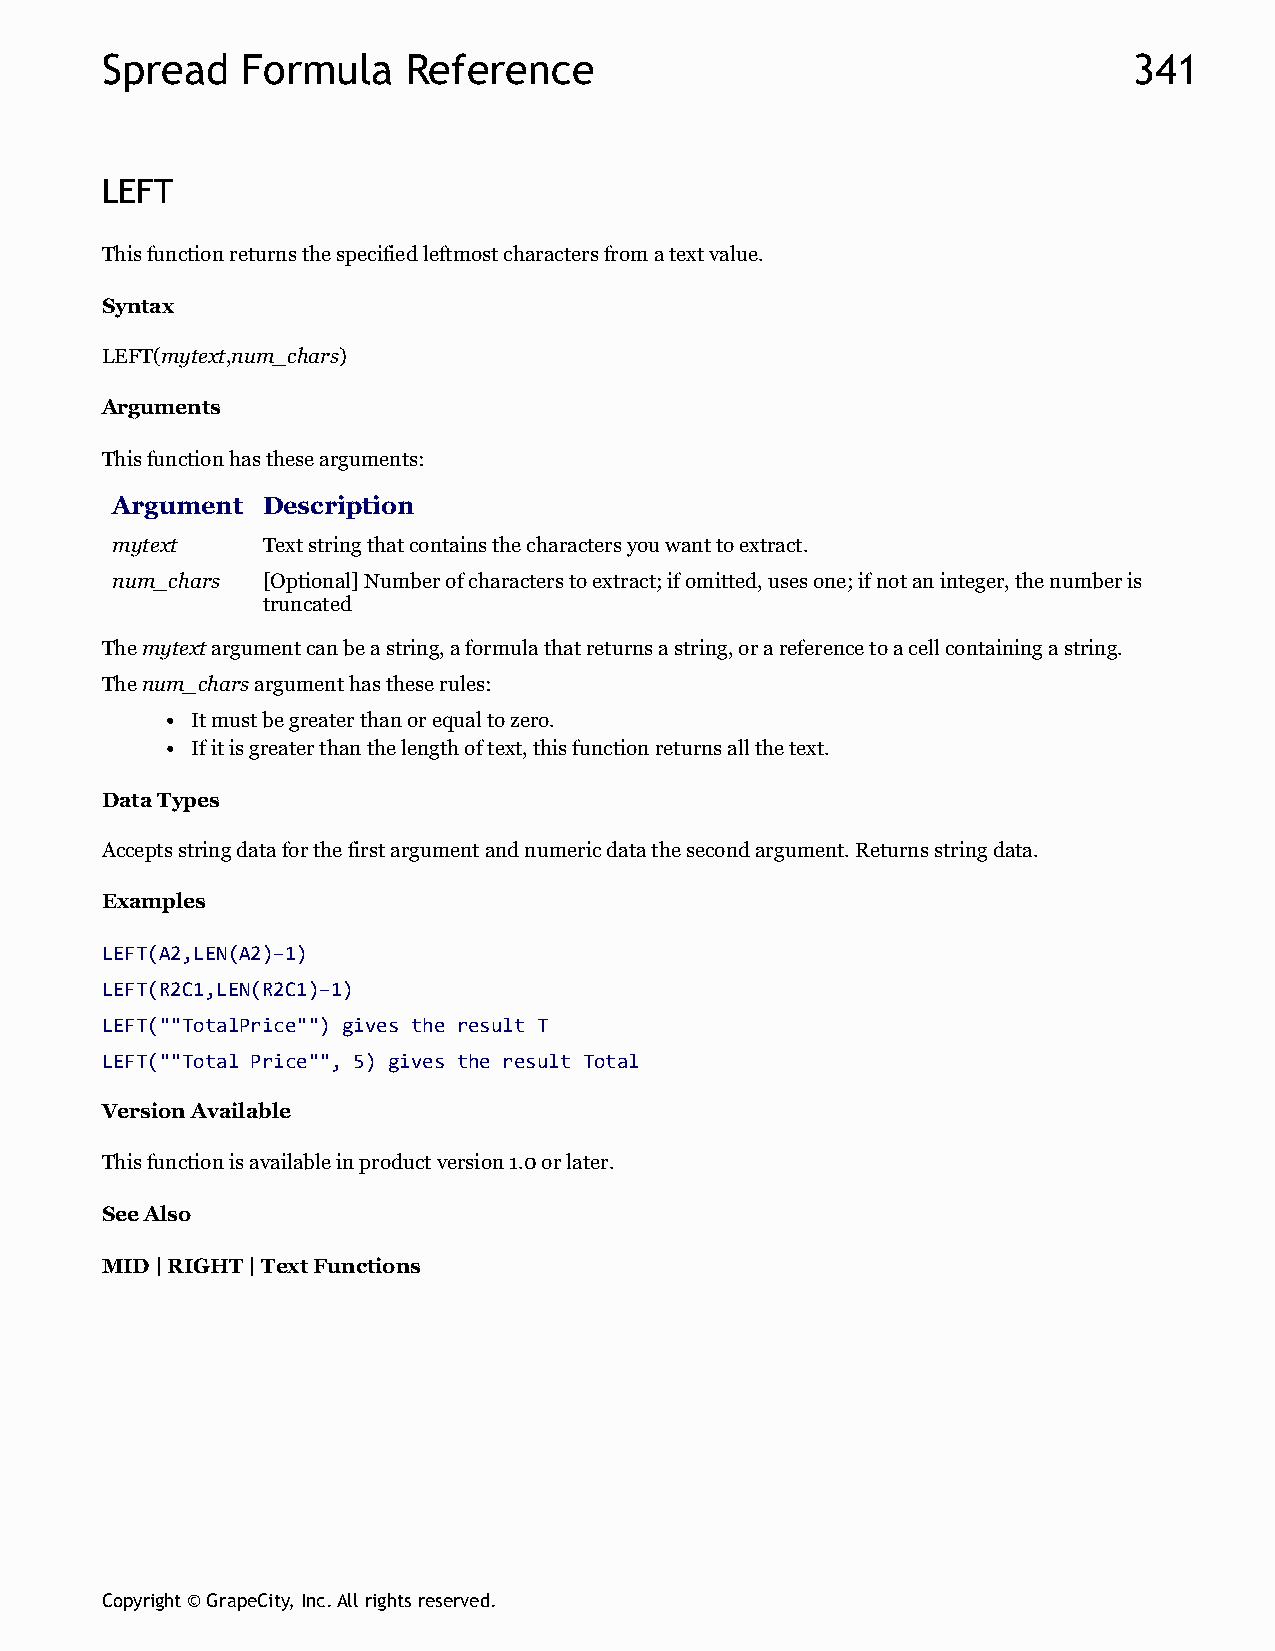
Spread   Formula    Reference                                       341
 LEFT
 This function returns the specified leftmost characters from a text value.
 Syntax
 LEFT(mytext,num_chars)
 Arguments
 This function has these arguments:
 Argument  Description
 mytext    Text string that contains the characters you want to extract.
 num_chars [Optional] Number of characters to extract; if omitted, uses one; if not an integer, the number is
 truncated
 The mytext argument can be a string, a formula that returns a string, or a reference to a cell containing a string.
 The num_chars argument has these rules:
 It must be greater than or equal to zero.
 If it is greater than the length of text, this function returns all the text.
 Data Types
 Accepts string data for the first argument and numeric data the second argument. Returns string data.
 Examples
 LEFT(A2,LEN(A2)–1)
 LEFT(R2C1,LEN(R2C1)–1)
 LEFT(""TotalPrice"") gives the result T
 LEFT(""Total Price"", 5) gives the result Total
 Version Available
 This function is available in product version 1.0 or later.
 See Also
 MID | RIGHT | Text Functions
 Copyright © GrapeCity, Inc. All rights reserved.